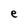
Character: e